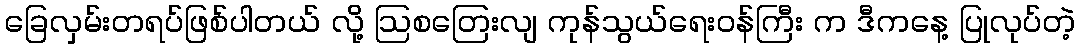
ခြေလှမ်းတရပ်ဖြစ်ပါတယ် လို့ ဩစတြေးလျ ကုန်သွယ်ရေးဝန်ကြီး က ဒီကနေ့ ပြုလုပ်တဲ့